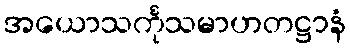
အယောသင်္ကုသမာဟတဋ္ဌာနံ